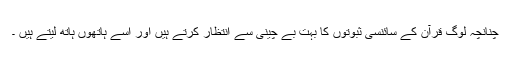
چنانچہ لوگ قرآن کے سائنسی ثبوتوں کا بہت بے چینی سے انتظار کرتے ہیں اور اسے ہاتھوں ہاتھ لیتے ہیں ۔